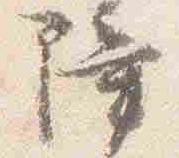
障